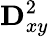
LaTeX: \mathbf{D}_{xy}^{2}